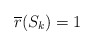
\begin{align*}\overline{r} (S_k) = 1\end{align*}